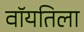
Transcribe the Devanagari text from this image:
वॉयतिला